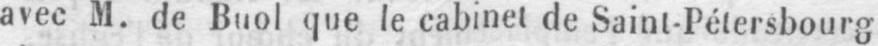
avec M. de Buol que le cabinet de Saint-Pétersbourg